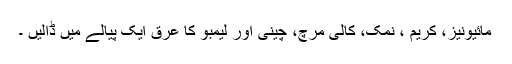
مائیونیز، کریم ، نمک، کالی مرچ، چینی اور لیمبو کا عرق ایک پیالے میں ڈالیں ۔